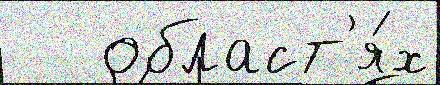
   област'я́х